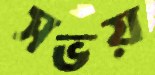
সভয়